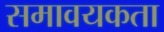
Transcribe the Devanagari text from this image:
समावयकता